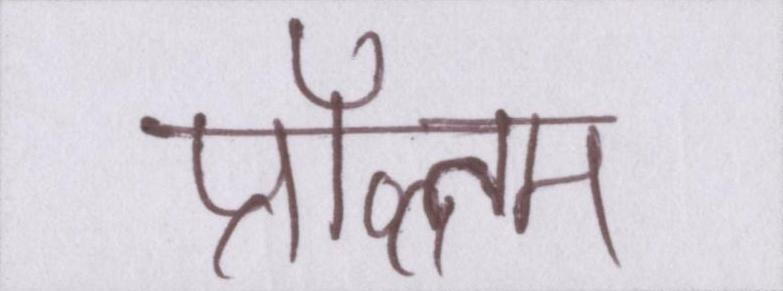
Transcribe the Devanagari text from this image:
प्रॉब्लम